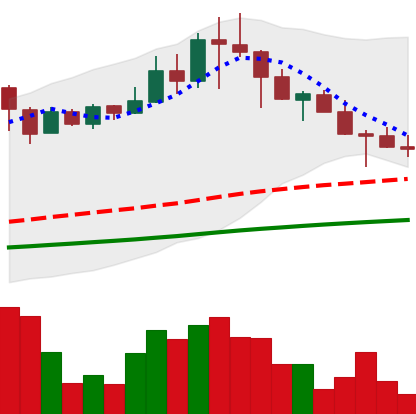
Ticker: TRX-USD
Chart end date: 2021-04-25
Forward return: 30.312%
Label: up_7plus